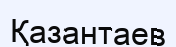
Қазантаев